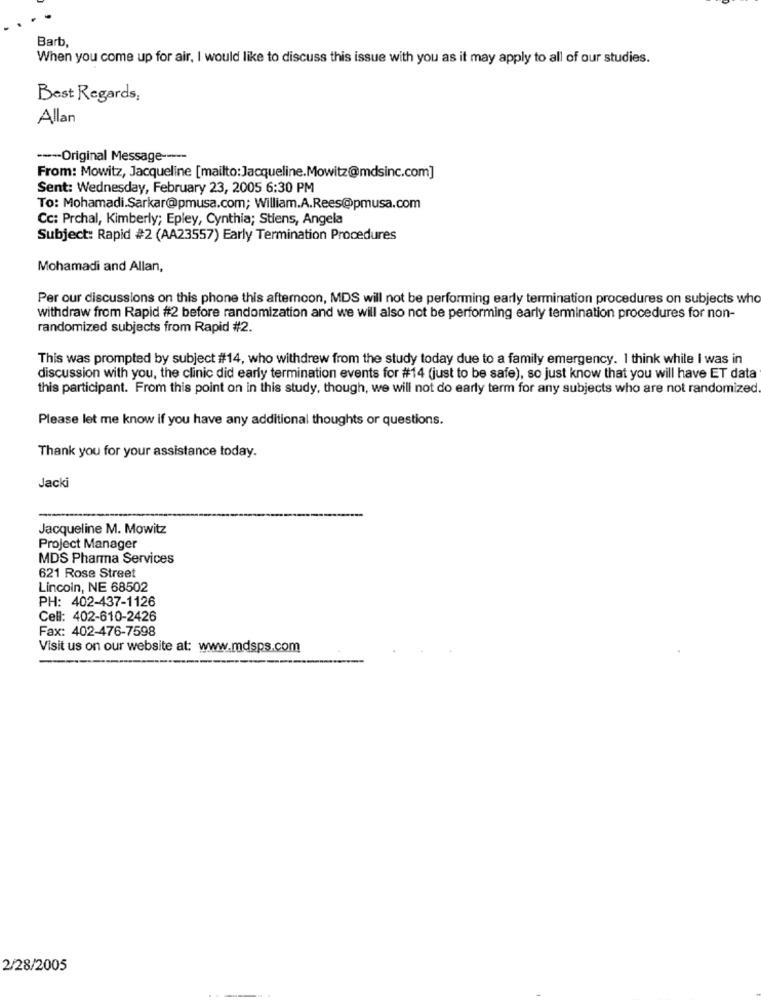
Barb,
When you come up for air, I would like to discuss this issue with you as it may apply to all of our studies.
Best Regards,
Allan
--- Original Message -----
From: Mowitz, Jacqueline [mailto: Jacqueline.Mowitz@mdsinc.com]
Sent: Wednesday, February 23, 2005 6:30 PM
To: Mohamadi.Sarkar@pmusa.com; William.A.Rees@pmusa.com
Cc: Prchal, Kimberly; Epley, Cynthia; Stiens, Angela
Subject: Rapid #2 (AA23557) Early Termination Procedures
Mohamadi and Allan,
Per our discussions on this phone this afternoon, MDS will not be performing early termination procedures on subjects who
withdraw from Rapid #2 before randomization and we will also not be performing early termination procedures for non-
randomized subjects from Rapid #2.
This was prompted by subject #14, who withdrew from the study today due to a family emergency. I think while I was in
discussion with you, the clinic did early termination events for #14 (just to be safe), so just know that you will have ET data
this participant. From this point on in this study, though, we will not do early term for any subjects who are not randomized
Please let me know if you have any additional thoughts or questions.
Thank you for your assistance today.
Jacki
Jacqueline M. Mowitz
Project Manager
MDS Pharma Services
621 Rose Street
Lincoln, NE 68502
PH: 402-437-1126
Cell: 402-610-2426
Fax: 402-476-7598
Visit us on our website at: www.mdsps.com
2/28/2005